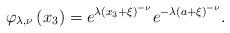
LaTeX: \begin{align*}\varphi _{\lambda ,\nu }\left( x_{3}\right) =e^{\lambda \left( x_{3}+\xi\right) ^{-\nu }}e^{-\lambda \left( a+\xi \right) ^{-\nu }}. \end{align*}